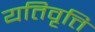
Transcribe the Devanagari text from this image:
यतिवृत्ति